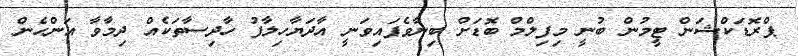
ޕްރޮޑަކްޝަން ޓީމުން ބުނީ މިފިލްމް ބޮޑަށް ބިނާވެފައިވަނީ އާދަޔާހިލާފު ހާދިސާތަކެއް ދިމާވާ އަންހެން